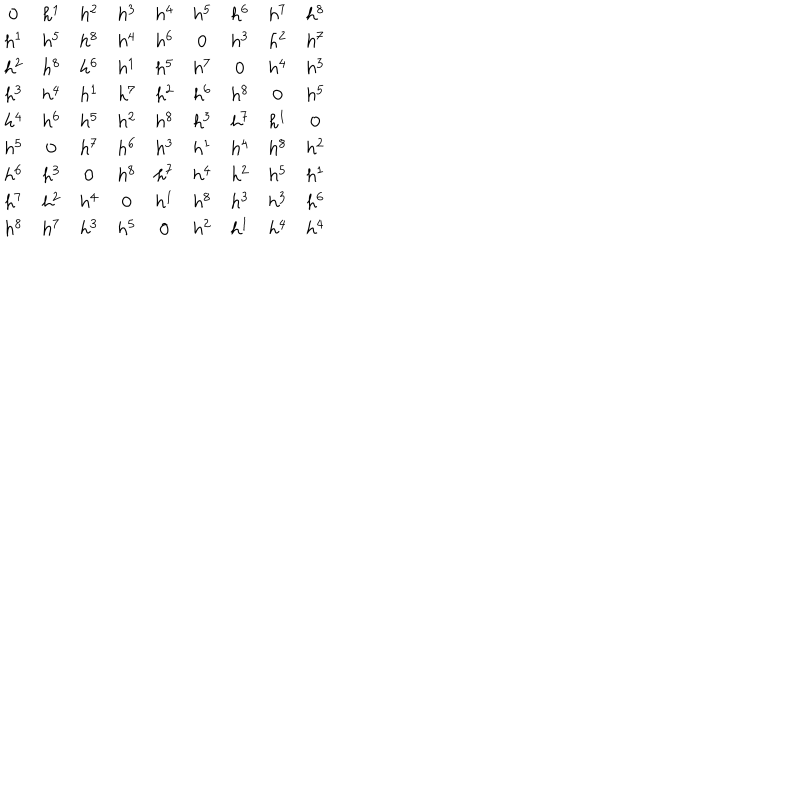
LaTeX: \begin{array} { c c c c c c c c c } { { 0 } } & { { h ^ { 1 } } } & { { h ^ { 2 } } } & { { h ^ { 3 } } } & { { h ^ { 4 } } } & { { h ^ { 5 } } } & { { h ^ { 6 } } } & { { h ^ { 7 } } } & { { h ^ { 8 } } } \\ { { h ^ { 1 } } } & { { h ^ { 5 } } } & { { h ^ { 8 } } } & { { h ^ { 4 } } } & { { h ^ { 6 } } } & { { 0 } } & { { h ^ { 3 } } } & { { h ^ { 2 } } } & { { h ^ { 7 } } } \\ { { h ^ { 2 } } } & { { h ^ { 8 } } } & { { h ^ { 6 } } } & { { h ^ { 1 } } } & { { h ^ { 5 } } } & { { h ^ { 7 } } } & { { 0 } } & { { h ^ { 4 } } } & { { h ^ { 3 } } } \\ { { h ^ { 3 } } } & { { h ^ { 4 } } } & { { h ^ { 1 } } } & { { h ^ { 7 } } } & { { h ^ { 2 } } } & { { h ^ { 6 } } } & { { h ^ { 8 } } } & { { 0 } } & { { h ^ { 5 } } } \\ { { h ^ { 4 } } } & { { h ^ { 6 } } } & { { h ^ { 5 } } } & { { h ^ { 2 } } } & { { h ^ { 8 } } } & { { h ^ { 3 } } } & { { h ^ { 7 } } } & { { h ^ { 1 } } } & { { 0 } } \\ { { h ^ { 5 } } } & { { 0 } } & { { h ^ { 7 } } } & { { h ^ { 6 } } } & { { h ^ { 3 } } } & { { h ^ { 1 } } } & { { h ^ { 4 } } } & { { h ^ { 8 } } } & { { h ^ { 2 } } } \\ { { h ^ { 6 } } } & { { h ^ { 3 } } } & { { 0 } } & { { h ^ { 8 } } } & { { h ^ { 7 } } } & { { h ^ { 4 } } } & { { h ^ { 2 } } } & { { h ^ { 5 } } } & { { h ^ { 1 } } } \\ { { h ^ { 7 } } } & { { h ^ { 2 } } } & { { h ^ { 4 } } } & { { 0 } } & { { h ^ { 1 } } } & { { h ^ { 8 } } } & { { h ^ { 3 } } } & { { h ^ { 3 } } } & { { h ^ { 6 } } } \\ { { h ^ { 8 } } } & { { h ^ { 7 } } } & { { h ^ { 3 } } } & { { h ^ { 5 } } } & { { 0 } } & { { h ^ { 2 } } } & { { h ^ { 1 } } } & { { h ^ { 4 } } } & { { h ^ { 4 } } } \\ \end{array}